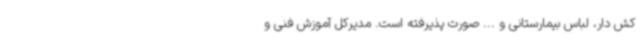
کش دار، لباس بیمارستانی و ... صورت پذیرفته است. مدیرکل آموزش فنی و